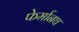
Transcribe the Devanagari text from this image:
फेर्मानघ